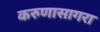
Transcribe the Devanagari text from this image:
करुणासागरा